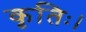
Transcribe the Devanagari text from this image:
कृतिः।